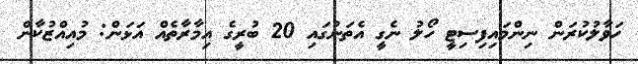
ހަވާލުކުރަން ނިންމައިފިސިޓީ ހޯލު ނެގީ އެތަނުގައި 20 ބުރީގެ އިމާރާތެއް އަޅަން: މުއިއްޒުކާން